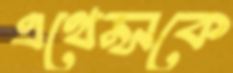
এথেন্সকে